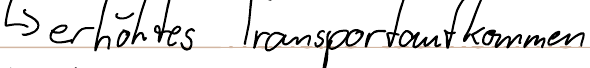
-> erhöhtes Transportaufkommen